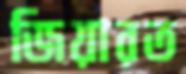
জিয়ারত